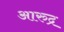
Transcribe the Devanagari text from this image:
आरुद्र